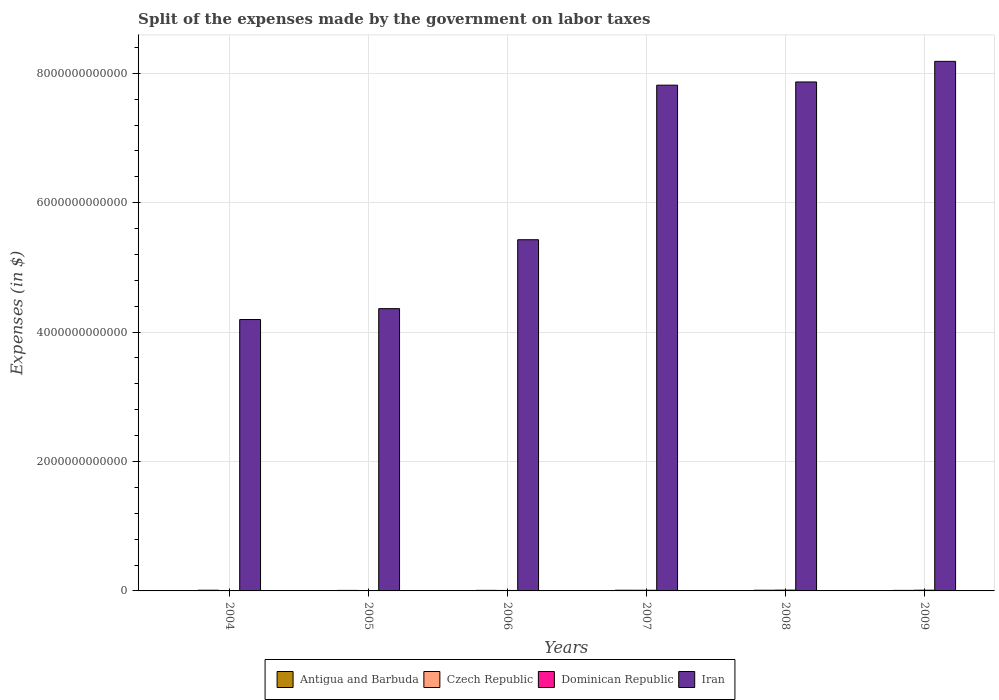
| Years | Antigua and Barbuda | Czech Republic | Dominican Republic | Iran |
 | --- | --- | --- | --- | --- |
 | 2004 | 1e+07 | 1.07e+10 | 2.13e+09 | 4.19e+12 |
 | 2005 | 1.05e+07 | 8.15e+09 | 3.9e+09 | 4.36e+12 |
 | 2006 | 1.13e+07 | 8.54e+09 | 7.19e+09 | 5.43e+12 |
 | 2007 | 8.9e+06 | 1.06e+10 | 1.04e+10 | 7.82e+12 |
 | 2008 | 1.41e+07 | 1.04e+10 | 1.22e+10 | 7.87e+12 |
 | 2009 | 1.49e+07 | 8.24e+09 | 1.09e+10 | 8.18e+12 |